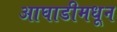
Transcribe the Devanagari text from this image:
आघाडीमधून